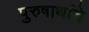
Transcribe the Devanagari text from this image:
पुरुषार्थाचे